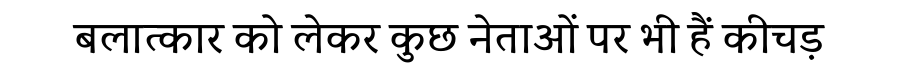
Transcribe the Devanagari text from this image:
बलात्कार को लेकर कुछ नेताओं पर भी हैं कीचड़